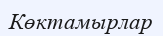
Көктамырлар